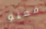
فعلو